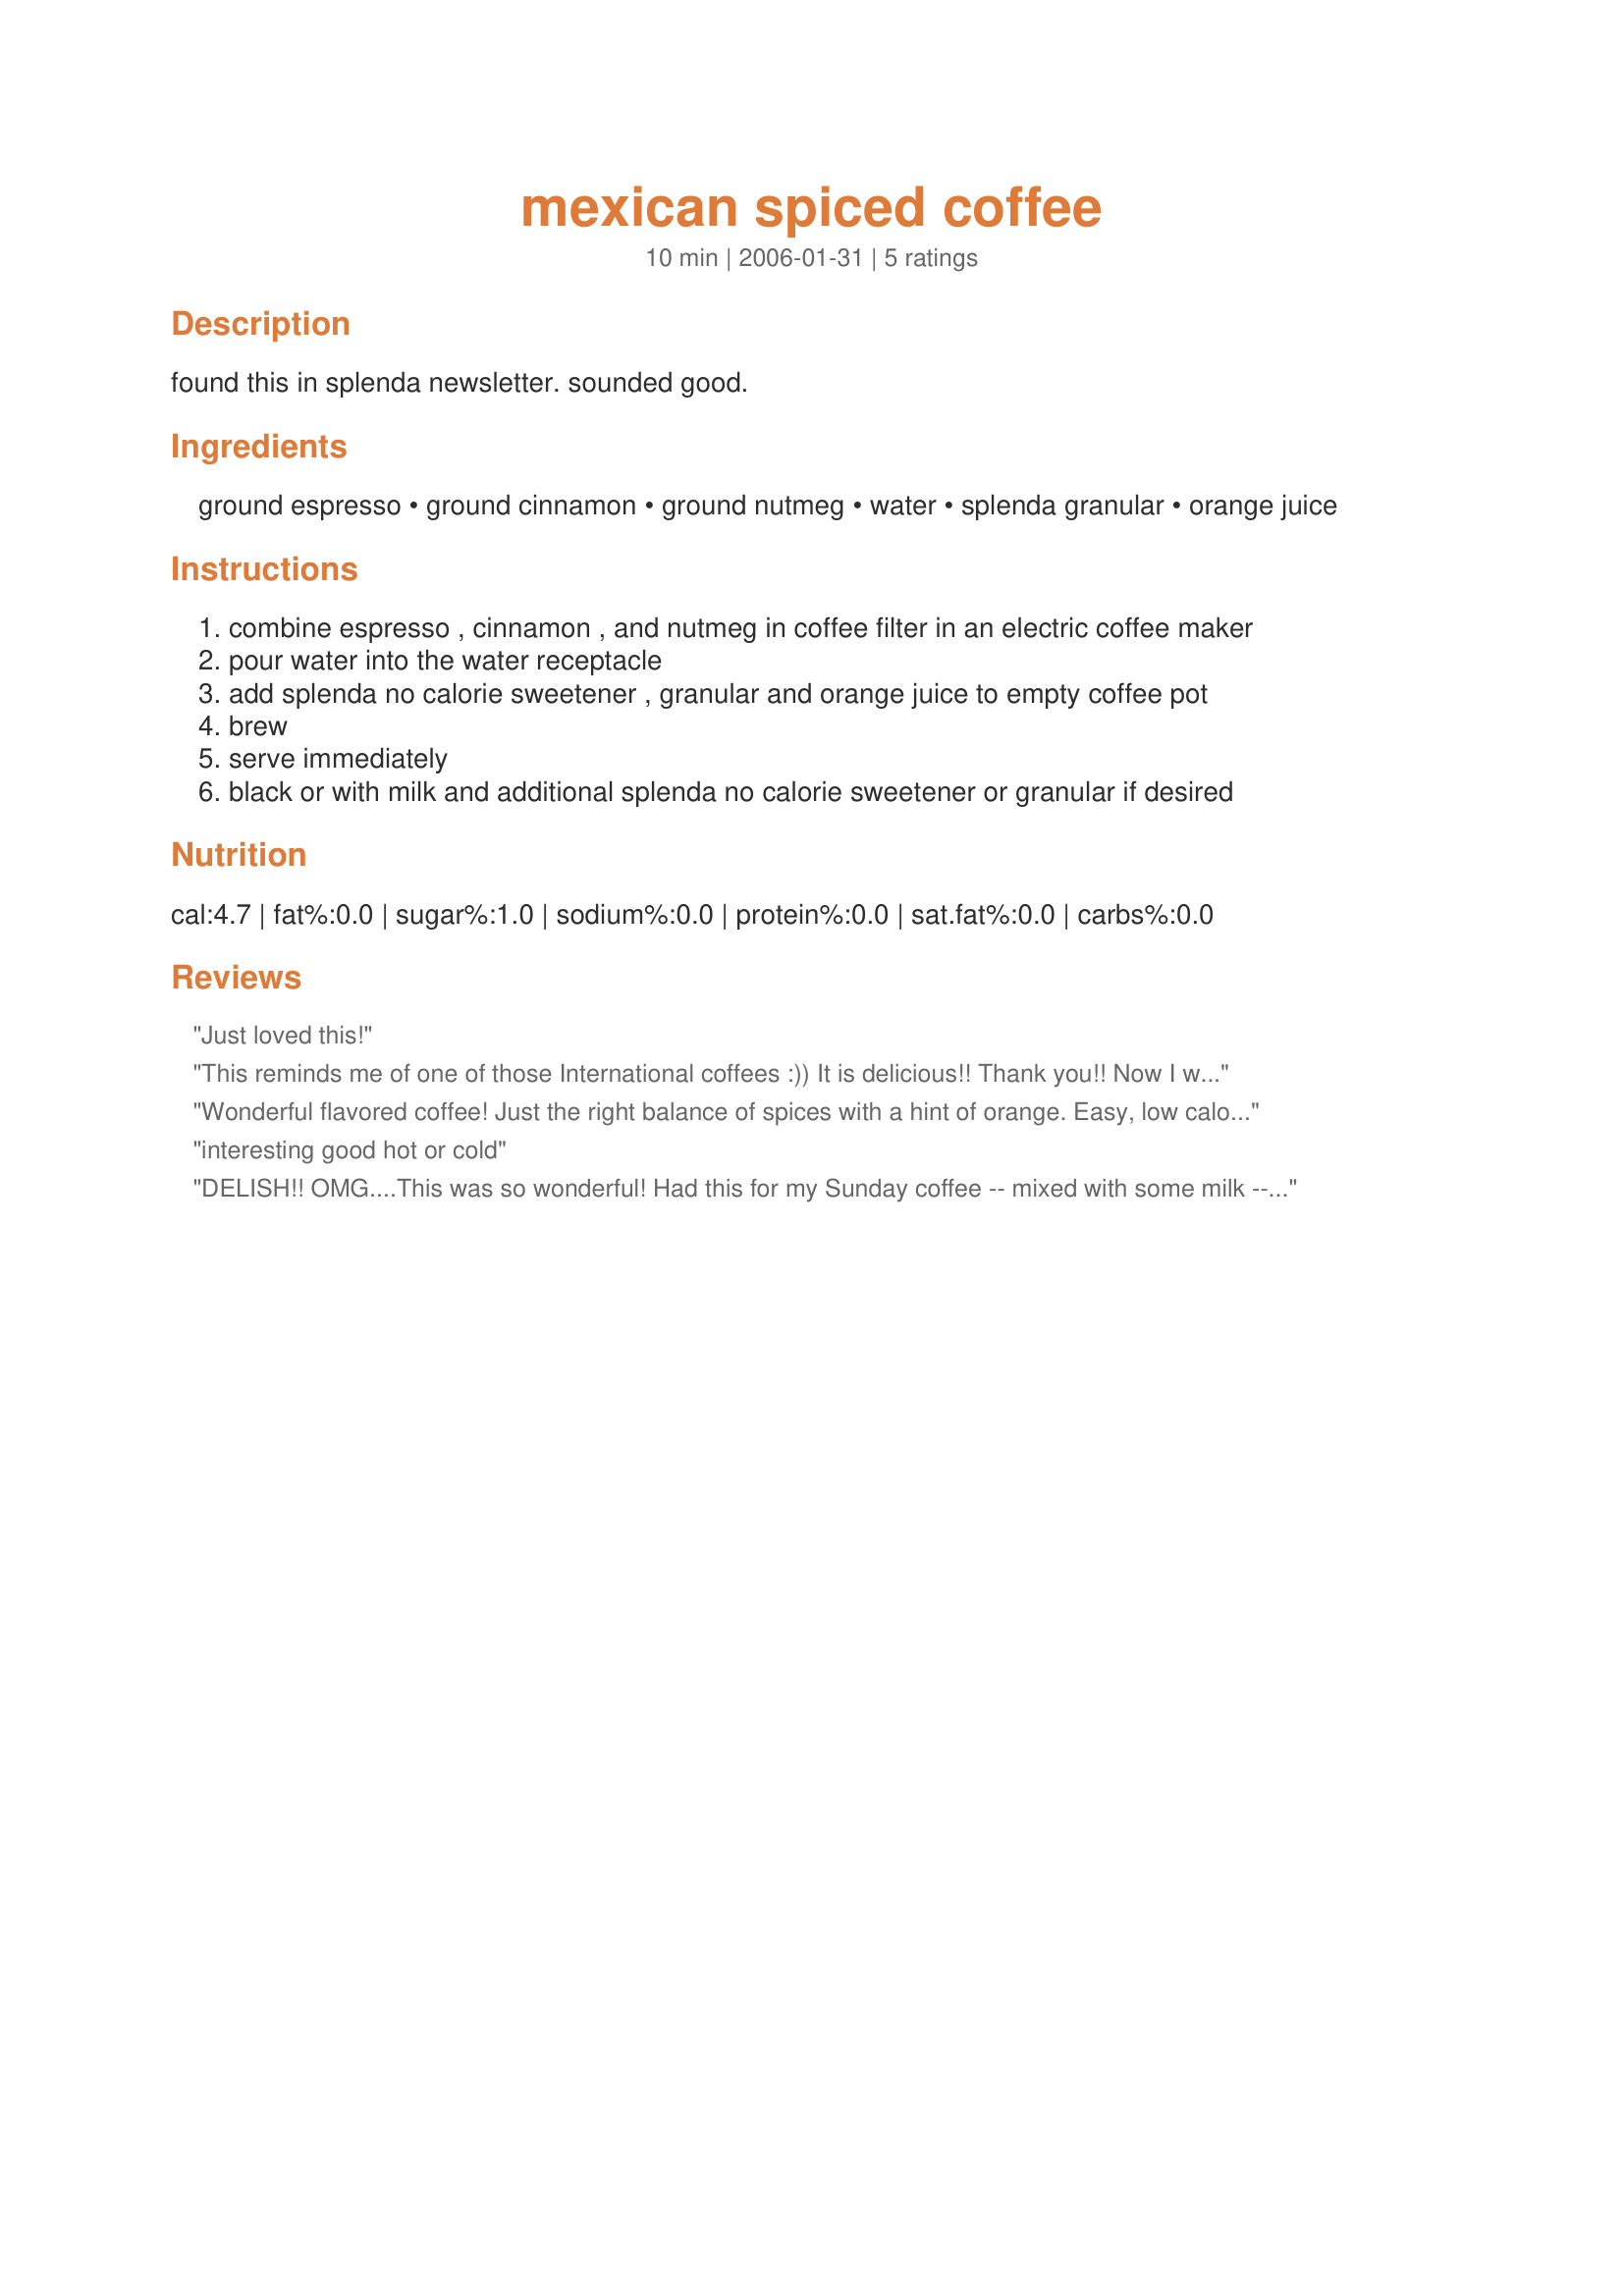
mexican spiced coffee
Preparation time: 10 minutes

found this in splenda newsletter. sounded good.

Ingredients:
ground espresso, ground cinnamon, ground nutmeg, water, splenda granular, orange juice

Steps:
combine espresso , cinnamon , and nutmeg in coffee filter in an electric coffee maker
pour water into the water receptacle
add splenda no calorie sweetener , granular and orange juice to empty coffee pot
brew
serve immediately
black or with milk and additional splenda no calorie sweetener or granular if desired

Reviews:
Just loved this!
This reminds me of one of those International coffees :))
It is delicious!! Thank you!! Now I want to try it cold!

Wonderful flavored coffee! Just the right balance of spices with a hint of orange. Easy, low calorie and made from ingredients always on hand. Added some vailla soy milk which was perfect. Thanks for sharing the recipe!
interesting good hot or cold
DELISH!! OMG....This was so wonderful! Had this for my Sunday coffee -- mixed with some milk -- buy OH MY! The flavors were wonderful and it was so easy to make! It's a new favorite for me -- that's for sure! And the orange juice? Added a subtle dimension that really, really complimented the coffee. Thanks Lee!
